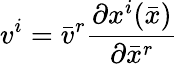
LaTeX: v^{i}={\bar{v}}^{r}{\frac{\partial x^{i}({\bar{x}})}{\partial{\bar{x}}^{r}}}